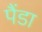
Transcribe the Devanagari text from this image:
पैंडा